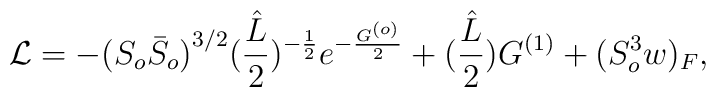
{\cal L}=-{(S_o {\bar S}_o)}^{3/2}(\frac{\hat{L}}{2})^{-\frac{1}{2}}e^{-\frac{G^{(o)}}{2}} + (\frac{\hat{L}}{2})G^{(1)} +{(S_o^3 w)_F},